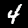
Label: 4